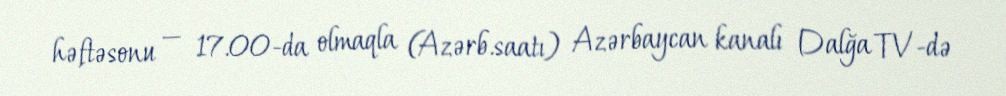
həftəsonu — 17.00-da olmaqla (Azərb.saatı) Azərbaycan kanalı Dalğa TV-də